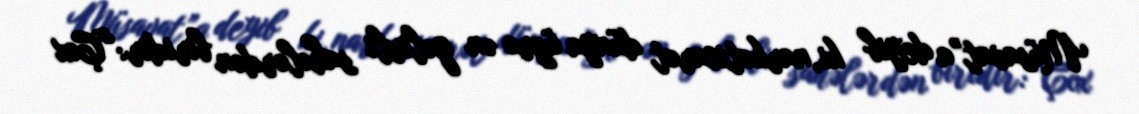
Müsavat”a deyib ki, narkoticarət dünya üzrə ən gəlirli sahələrdən biridir:“Çox